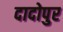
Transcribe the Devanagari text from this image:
दादोपुर